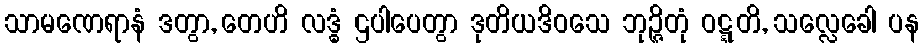
သာမဏေရာနံ ဒတွာ, တေဟိ လဒ္ဓံ ဌပါပေတွာ ဒုတိယဒိဝသေ ဘုဉ္ဇိတုံ ဝဋ္ဋတိ, သလ္လေခေါ ပန